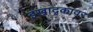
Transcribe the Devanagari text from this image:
इखाद्कावर